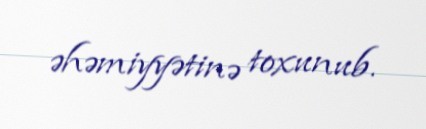
əhəmiyyətinə toxunub.